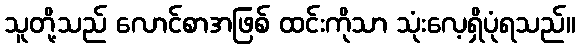
သူတို့သည် လောင်စာအဖြစ် ထင်းကိုသာ သုံးလေ့ရှိပုံရသည်။